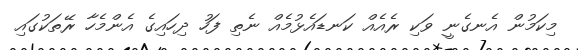
މިކަމުން އެނގެނީ ވަކި ރެއެއް ކަނޑައެޅުމެއް ނެތި ފަހު ދިހައިގެ އެންމެހާ ރޭތަކުގައި